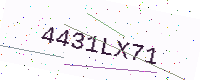
Text: 4431LX71